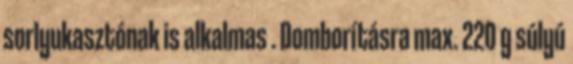
sorlyukasztónak is alkalmas . Domborításra max. 220 g súlyú